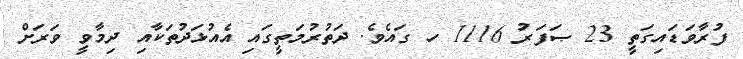
ފުރާވަޑައިގަތީ 23 ޞަފަރު 1116 ހ ގައެވެ. ދަތުރުމަތީގައި އެއުޅަދުތަކާއި ދިމާވީ ވަރަށް